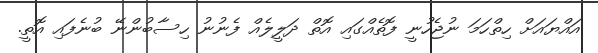
އައްޔައަށް ހިތްހަމަ ނުޖެހުނީ ފޮތެއްގައި އޮތް ދަލީލެއް ފެނުނު ހިސާބުންނޭ ބުނެފައި އޮތީ.